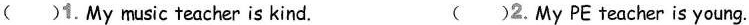
( )1. My music teacher is kind. ( )2. My PE teacher is young.